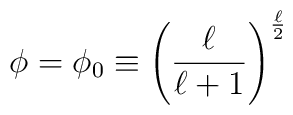
\phi=\phi_0\equiv \left(\frac{\ell}{\ell+1}\right)^{\frac{\ell}{2}}